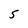
Character: 5